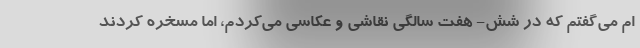
ام می‌گفتم که در شش- هفت سالگی نقاشی و عکاسی می‌کردم، اما مسخره کردند